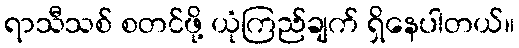
ရာသီသစ် စတင်ဖို့ ယုံကြည်ချက် ရှိနေပါတယ်။